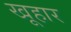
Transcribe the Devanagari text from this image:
खूहार